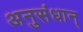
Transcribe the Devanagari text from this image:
अनुसंधान्